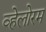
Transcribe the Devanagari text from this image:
व्हेलोरम